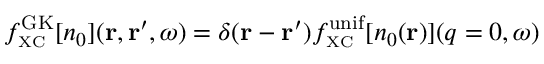
f _ { \scriptscriptstyle \mathrm { X C } } ^ { \mathrm { G K } } [ n _ { 0 } ] ( { \bf r } , { \bf r } ^ { \prime } , \omega ) = \delta ( { \bf r } - { \bf r } ^ { \prime } ) f _ { \scriptscriptstyle \mathrm { X C } } ^ { \mathrm { u n i f } } [ n _ { 0 } ( { \bf r } ) ] ( q = 0 , \omega )